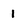
Character: 1